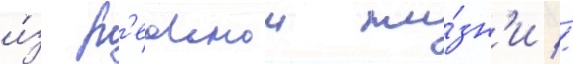
и́з р'еальнои жи́зн'и //